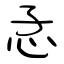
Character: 孞